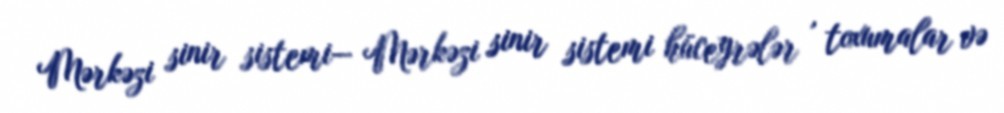
Mərkəzi sinir sistemi— Mərkəzi sinir sistemi hüceyrələr , toxumalar və